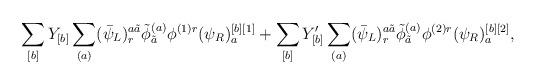
LaTeX: \begin{align*}\sum_{[b]} Y_{[b]} \sum_{(a)} (\bar{\psi}_L)_r^{a \tilde{a}} \tilde{\phi}^{(a)}_{\tilde{a}} \phi^{(1)r} (\psi_R)_a^{[b][1]} + \sum_{[b]} Y'_{[b]} \sum_{(a)} (\bar{\psi}_L)_r^{a \tilde{a}} \tilde{\phi}_{\tilde{a}}^{(a)} \phi^{(2)r} (\psi_R)_a^{[b][2]},\end{align*}